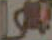
1917